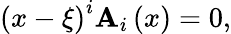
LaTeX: \left({x-\xi}\right)^{i}\mathbf{A}_{i}\left(x\right)=0,